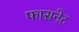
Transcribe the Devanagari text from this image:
फासनेट